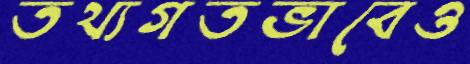
তথ্যগতভাবেও